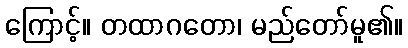
ကြောင့်။ တထာဂတော၊ မည်တော်မူ၏။